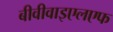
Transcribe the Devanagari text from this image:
बीवीवाइएलएफ